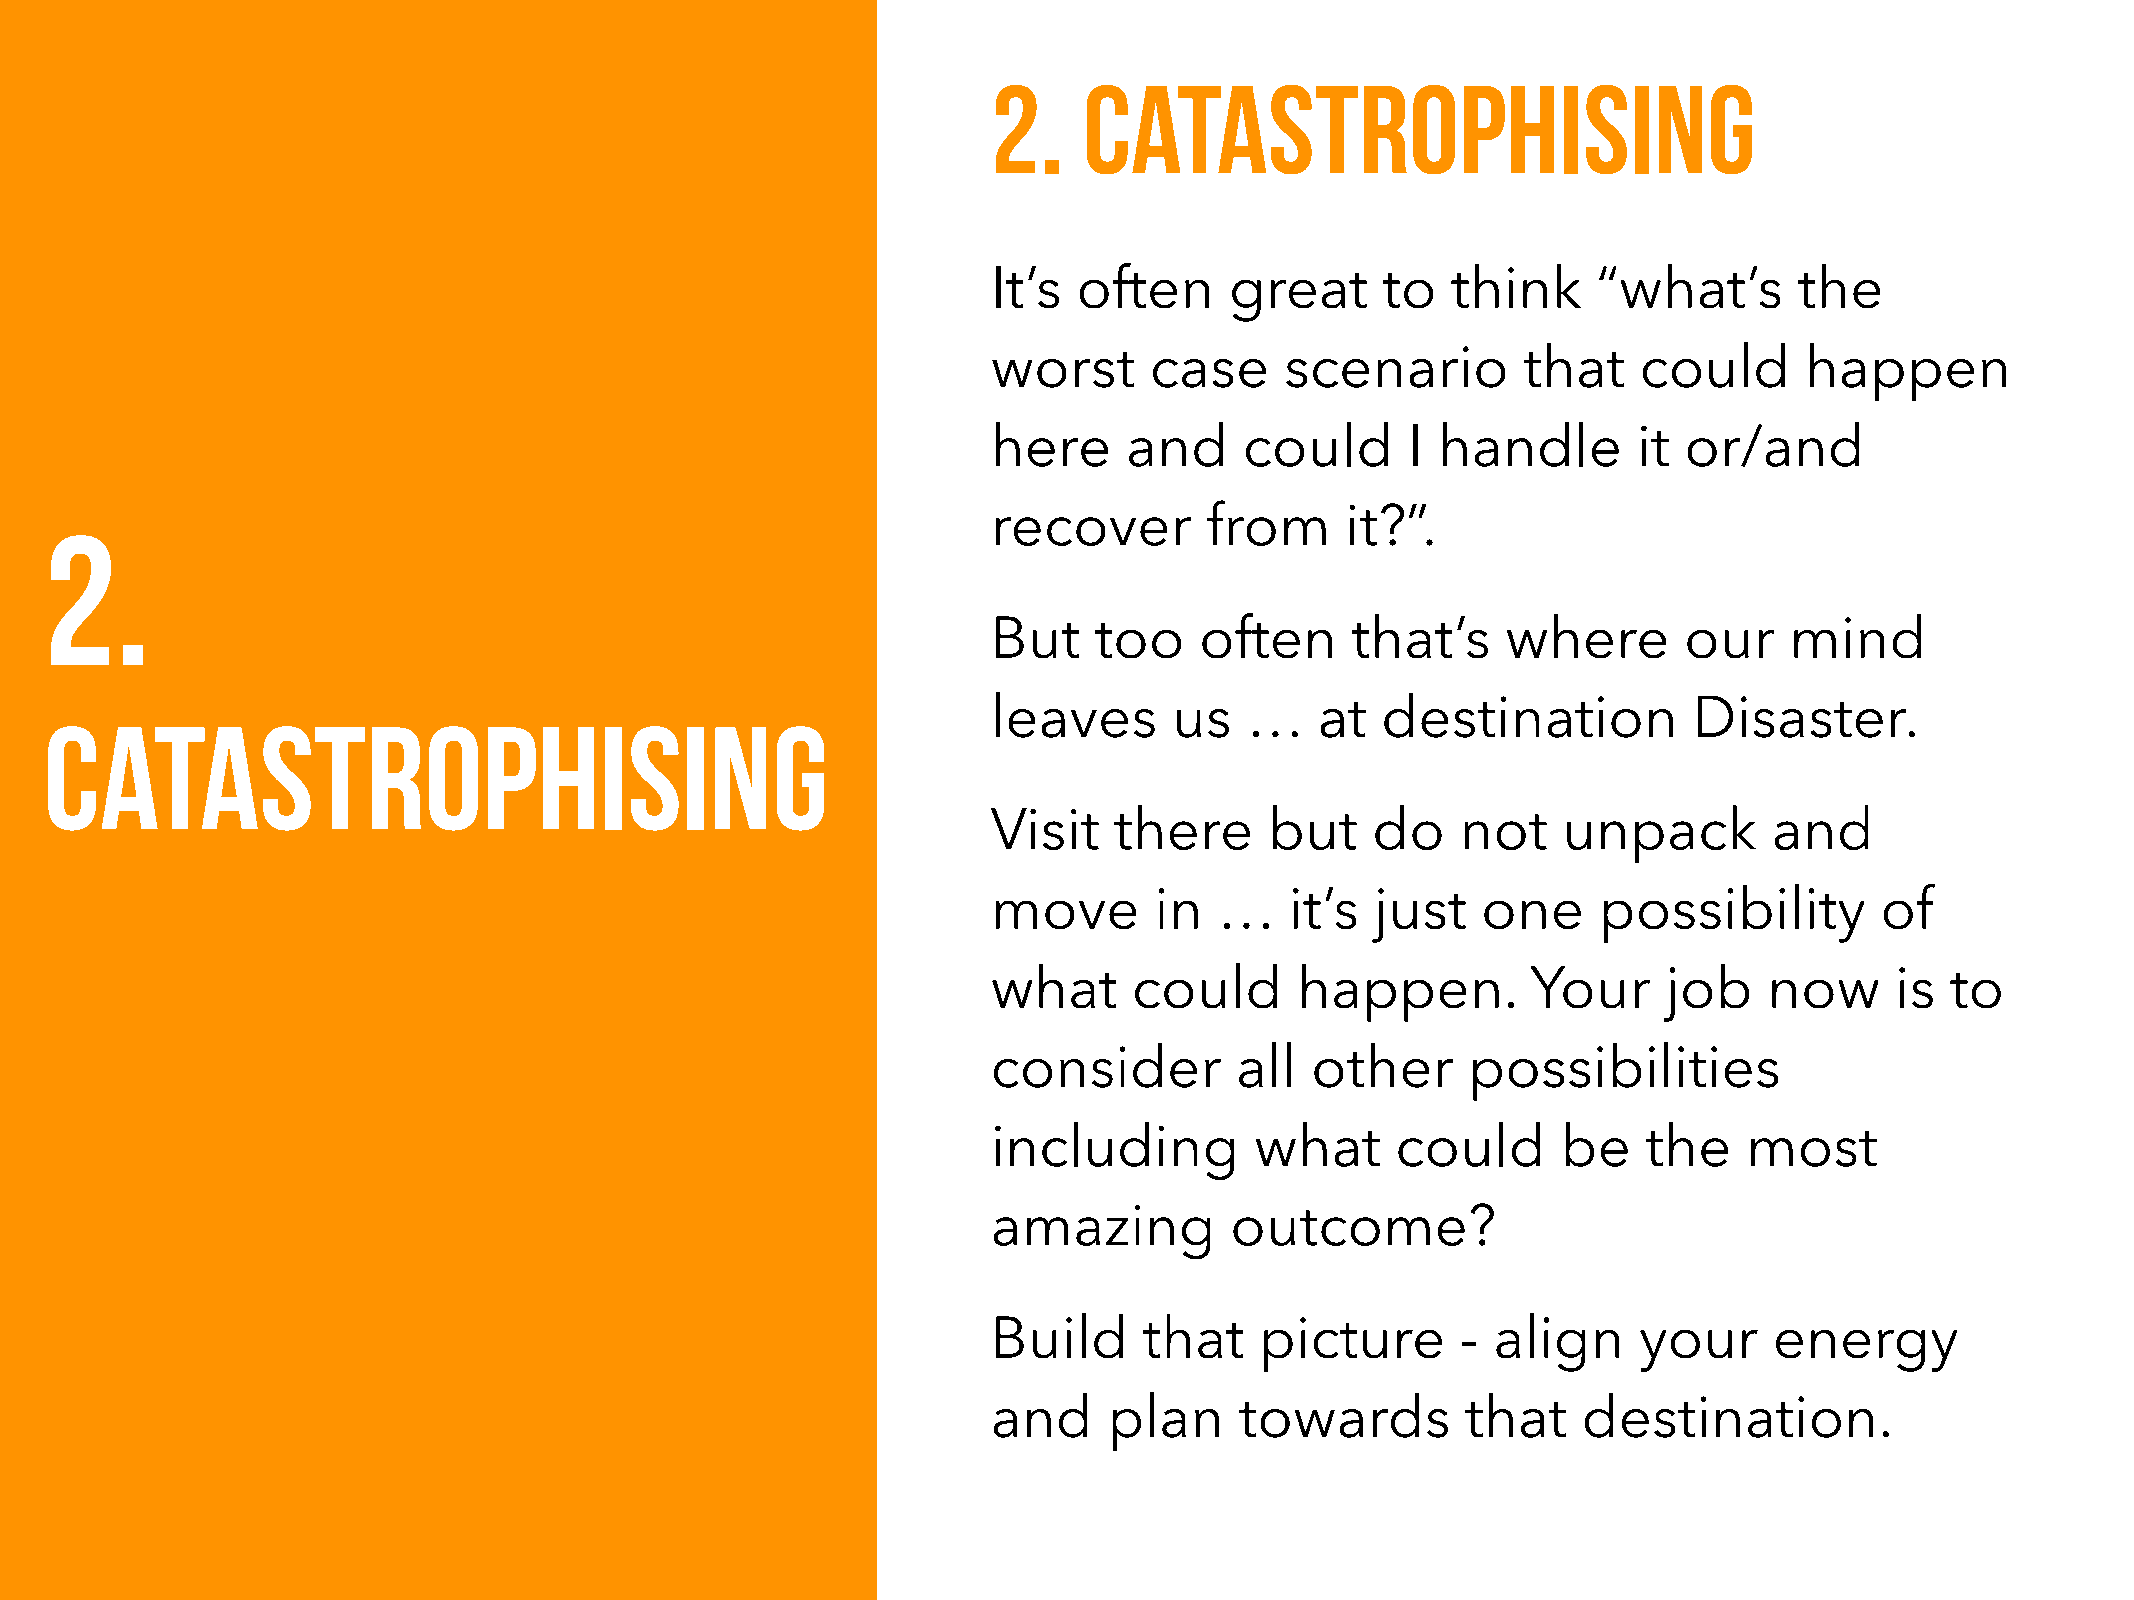
2.    Catastrophising
 It’s often     great     to   think     “what’s      the
 worst     case     scenario        that    could     happen
 here     and    could      I handle       it or/and
 2.                                                             recover       from     it?”.
 But   too    often     that’s     where      our    mind
 Catastrophising                                                leaves      us  …    at  destination          Disaster.
 Visit   there     but    do    not   unpack        and
 move      in   …   it’s  just   one     possibility       of
 what     could      happen.        Your     job    now     is  to
 consider        all  other     possibilities
 including        what     could      be    the    most
 amazing        outcome?
 Build     that   picture       - align    your     energy
 and    plan     towards        that    destination.